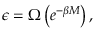
\epsilon = \Omega \left( e ^ { - \beta M } \right) ,